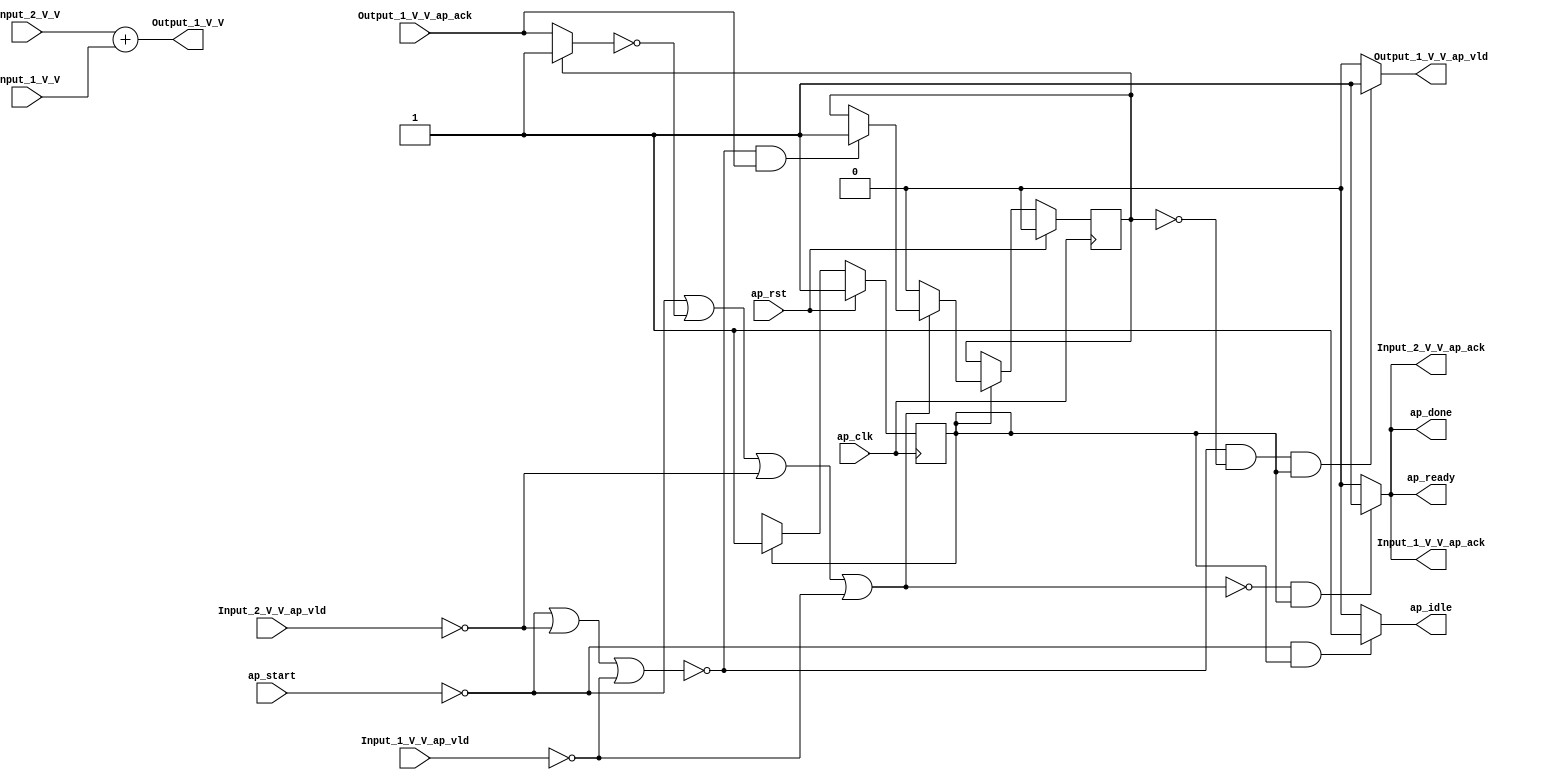
// ==============================================================
// RTL generated by Vivado(TM) HLS - High-Level Synthesis from C, C++ and SystemC
// Version: 2018.2
// Copyright (C) 1986-2018 Xilinx, Inc. All Rights Reserved.
// 
// ===========================================================

`timescale 1 ns / 1 ps 

(* CORE_GENERATION_INFO="add_2_1,hls_ip_2018_2,{HLS_INPUT_TYPE=cxx,HLS_INPUT_FLOAT=0,HLS_INPUT_FIXED=1,HLS_INPUT_PART=xczu9eg-ffvb1156-2-i,HLS_INPUT_CLOCK=5.000000,HLS_INPUT_ARCH=others,HLS_SYN_CLOCK=1.016000,HLS_SYN_LAT=0,HLS_SYN_TPT=none,HLS_SYN_MEM=0,HLS_SYN_DSP=0,HLS_SYN_FF=2,HLS_SYN_LUT=79,HLS_VERSION=2018_2}" *)

module add_2_1 (
        ap_clk,
        ap_rst,
        ap_start,
        ap_done,
        ap_idle,
        ap_ready,
        Input_1_V_V,
        Input_1_V_V_ap_vld,
        Input_1_V_V_ap_ack,
        Input_2_V_V,
        Input_2_V_V_ap_vld,
        Input_2_V_V_ap_ack,
        Output_1_V_V,
        Output_1_V_V_ap_vld,
        Output_1_V_V_ap_ack
);

parameter    ap_ST_fsm_state1 = 1'd1;

input   ap_clk;
input   ap_rst;
input   ap_start;
output   ap_done;
output   ap_idle;
output   ap_ready;
input  [31:0] Input_1_V_V;
input   Input_1_V_V_ap_vld;
output   Input_1_V_V_ap_ack;
input  [31:0] Input_2_V_V;
input   Input_2_V_V_ap_vld;
output   Input_2_V_V_ap_ack;
output  [31:0] Output_1_V_V;
output   Output_1_V_V_ap_vld;
input   Output_1_V_V_ap_ack;

reg ap_done;
reg ap_idle;
reg ap_ready;
reg Input_1_V_V_ap_ack;
reg Input_2_V_V_ap_ack;
reg Output_1_V_V_ap_vld;

(* fsm_encoding = "none" *) reg   [0:0] ap_CS_fsm;
wire    ap_CS_fsm_state1;
reg    Input_1_V_V_blk_n;
reg    Input_2_V_V_blk_n;
reg    Output_1_V_V_blk_n;
reg    ap_block_state1;
reg    ap_sig_ioackin_Output_1_V_V_ap_ack;
reg    ap_reg_ioackin_Output_1_V_V_ap_ack;
reg   [0:0] ap_NS_fsm;
reg    ap_condition_65;
reg    ap_condition_42;

// power-on initialization
initial begin
#0 ap_CS_fsm = 1'd1;
#0 ap_reg_ioackin_Output_1_V_V_ap_ack = 1'b0;
end

always @ (posedge ap_clk) begin
    if (ap_rst == 1'b1) begin
        ap_CS_fsm <= ap_ST_fsm_state1;
    end else begin
        ap_CS_fsm <= ap_NS_fsm;
    end
end

always @ (posedge ap_clk) begin
    if (ap_rst == 1'b1) begin
        ap_reg_ioackin_Output_1_V_V_ap_ack <= 1'b0;
    end else begin
        if ((1'b1 == ap_CS_fsm_state1)) begin
            if ((1'b1 == ap_condition_42)) begin
                ap_reg_ioackin_Output_1_V_V_ap_ack <= 1'b0;
            end else if ((1'b1 == ap_condition_65)) begin
                ap_reg_ioackin_Output_1_V_V_ap_ack <= 1'b1;
            end
        end
    end
end

always @ (*) begin
    if ((~((ap_start == 1'b0) | (ap_sig_ioackin_Output_1_V_V_ap_ack == 1'b0) | (1'b0 == Input_2_V_V_ap_vld) | (1'b0 == Input_1_V_V_ap_vld)) & (1'b1 == ap_CS_fsm_state1))) begin
        Input_1_V_V_ap_ack = 1'b1;
    end else begin
        Input_1_V_V_ap_ack = 1'b0;
    end
end

always @ (*) begin
    if ((1'b1 == ap_CS_fsm_state1)) begin
        Input_1_V_V_blk_n = Input_1_V_V_ap_vld;
    end else begin
        Input_1_V_V_blk_n = 1'b1;
    end
end

always @ (*) begin
    if ((~((ap_start == 1'b0) | (ap_sig_ioackin_Output_1_V_V_ap_ack == 1'b0) | (1'b0 == Input_2_V_V_ap_vld) | (1'b0 == Input_1_V_V_ap_vld)) & (1'b1 == ap_CS_fsm_state1))) begin
        Input_2_V_V_ap_ack = 1'b1;
    end else begin
        Input_2_V_V_ap_ack = 1'b0;
    end
end

always @ (*) begin
    if ((1'b1 == ap_CS_fsm_state1)) begin
        Input_2_V_V_blk_n = Input_2_V_V_ap_vld;
    end else begin
        Input_2_V_V_blk_n = 1'b1;
    end
end

always @ (*) begin
    if ((~((ap_start == 1'b0) | (1'b0 == Input_2_V_V_ap_vld) | (1'b0 == Input_1_V_V_ap_vld)) & (ap_reg_ioackin_Output_1_V_V_ap_ack == 1'b0) & (1'b1 == ap_CS_fsm_state1))) begin
        Output_1_V_V_ap_vld = 1'b1;
    end else begin
        Output_1_V_V_ap_vld = 1'b0;
    end
end

always @ (*) begin
    if ((1'b1 == ap_CS_fsm_state1)) begin
        Output_1_V_V_blk_n = Output_1_V_V_ap_ack;
    end else begin
        Output_1_V_V_blk_n = 1'b1;
    end
end

always @ (*) begin
    if ((~((ap_start == 1'b0) | (ap_sig_ioackin_Output_1_V_V_ap_ack == 1'b0) | (1'b0 == Input_2_V_V_ap_vld) | (1'b0 == Input_1_V_V_ap_vld)) & (1'b1 == ap_CS_fsm_state1))) begin
        ap_done = 1'b1;
    end else begin
        ap_done = 1'b0;
    end
end

always @ (*) begin
    if (((ap_start == 1'b0) & (1'b1 == ap_CS_fsm_state1))) begin
        ap_idle = 1'b1;
    end else begin
        ap_idle = 1'b0;
    end
end

always @ (*) begin
    if ((~((ap_start == 1'b0) | (ap_sig_ioackin_Output_1_V_V_ap_ack == 1'b0) | (1'b0 == Input_2_V_V_ap_vld) | (1'b0 == Input_1_V_V_ap_vld)) & (1'b1 == ap_CS_fsm_state1))) begin
        ap_ready = 1'b1;
    end else begin
        ap_ready = 1'b0;
    end
end

always @ (*) begin
    if ((ap_reg_ioackin_Output_1_V_V_ap_ack == 1'b0)) begin
        ap_sig_ioackin_Output_1_V_V_ap_ack = Output_1_V_V_ap_ack;
    end else begin
        ap_sig_ioackin_Output_1_V_V_ap_ack = 1'b1;
    end
end

always @ (*) begin
    case (ap_CS_fsm)
        ap_ST_fsm_state1 : begin
            ap_NS_fsm = ap_ST_fsm_state1;
        end
        default : begin
            ap_NS_fsm = 'bx;
        end
    endcase
end

assign Output_1_V_V = (Input_2_V_V + Input_1_V_V);

assign ap_CS_fsm_state1 = ap_CS_fsm[32'd0];

always @ (*) begin
    ap_block_state1 = ((ap_start == 1'b0) | (1'b0 == Input_2_V_V_ap_vld) | (1'b0 == Input_1_V_V_ap_vld));
end

always @ (*) begin
    ap_condition_42 = ~((ap_start == 1'b0) | (ap_sig_ioackin_Output_1_V_V_ap_ack == 1'b0) | (1'b0 == Input_2_V_V_ap_vld) | (1'b0 == Input_1_V_V_ap_vld));
end

always @ (*) begin
    ap_condition_65 = (~((ap_start == 1'b0) | (1'b0 == Input_2_V_V_ap_vld) | (1'b0 == Input_1_V_V_ap_vld)) & (1'b1 == Output_1_V_V_ap_ack));
end

endmodule //add_2_1